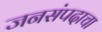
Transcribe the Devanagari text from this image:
जनसंपदाचा